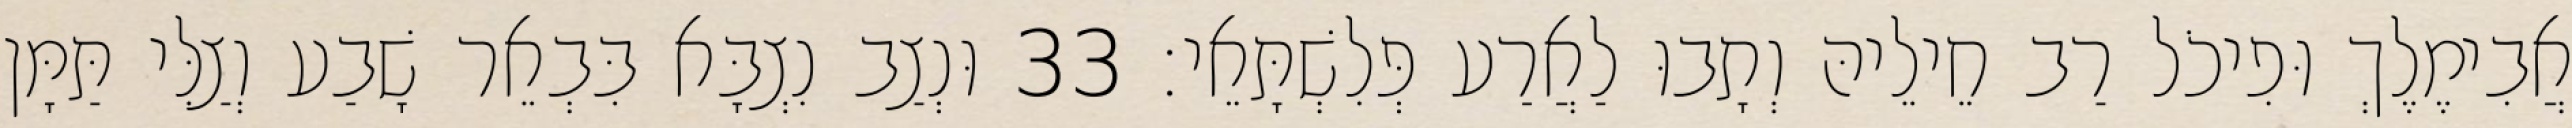
אֲבִימֶלֶךְ וּפִיכֹל רַב חֵילֵיהּ וְתָבוּ לַאֲרַע פְּלִשְׁתָּאֵי׃ 33 וּנְצַב נִצְבָּא בִּבְאֵר שָׁבַע וְצַלִּי תַּמָּן